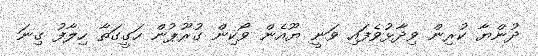
ދުންޔާ ކުރިން ވިދާޅުވެފައި ވަނީ ޔޫއެން ވޯކިން ގުރޫޕުން ހަގީގަތާ ހިލާފު ގިނަ